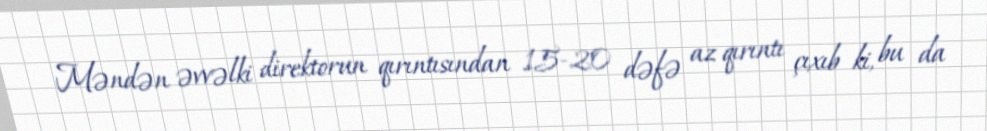
Məndən əvvəlki direktorun qırıntısından 15-20 dəfə az qırıntı çıxıb ki, bu da